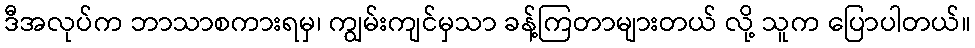
ဒီအလုပ်က ဘာသာစကားရမှ၊ ကျွမ်းကျင်မှသာ ခန့်ကြတာများတယ် လို့ သူက ပြောပါတယ်။